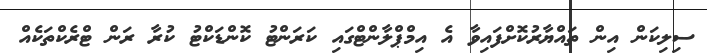
ސިލިކަން އިން ތައްޔާރުކޮށްފައިވާ އެ އިމްޕްލާންޓްގައި ކަރަންޓު ކޮންޑަކްޓު ކުރާ ރަން ޓްރެކްތަކެއް